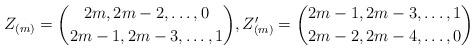
LaTeX: \begin{align*}Z_{(m)}=\binom{2m,2m-2,\ldots,0}{2m-1,2m-3,\ldots,1}, Z'_{(m)}=\binom{2m-1,2m-3,\ldots,1}{2m-2,2m-4,\ldots,0}\end{align*}